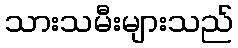
သားသမီးများသည်